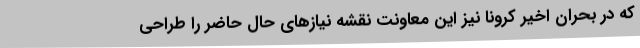
که در بحران اخیر کرونا نیز این معاونت نقشه نیازهای حال حاضر را طراحی